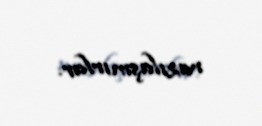
razılaşmırlar.